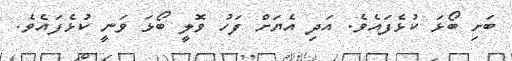
ބަށި ބޯޅަ ކުޅެފައެވެ. އަދި އެޔަށް ފަހު ވޮލީ ބޯޅަ ވަނީ ކުޅެފައެވެ.